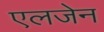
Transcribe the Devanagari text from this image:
एलजेन